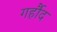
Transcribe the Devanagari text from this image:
गर्हौद